65_HS1-834228961_62-HQ-83894_Section_2
Agency: FBI
Page 131
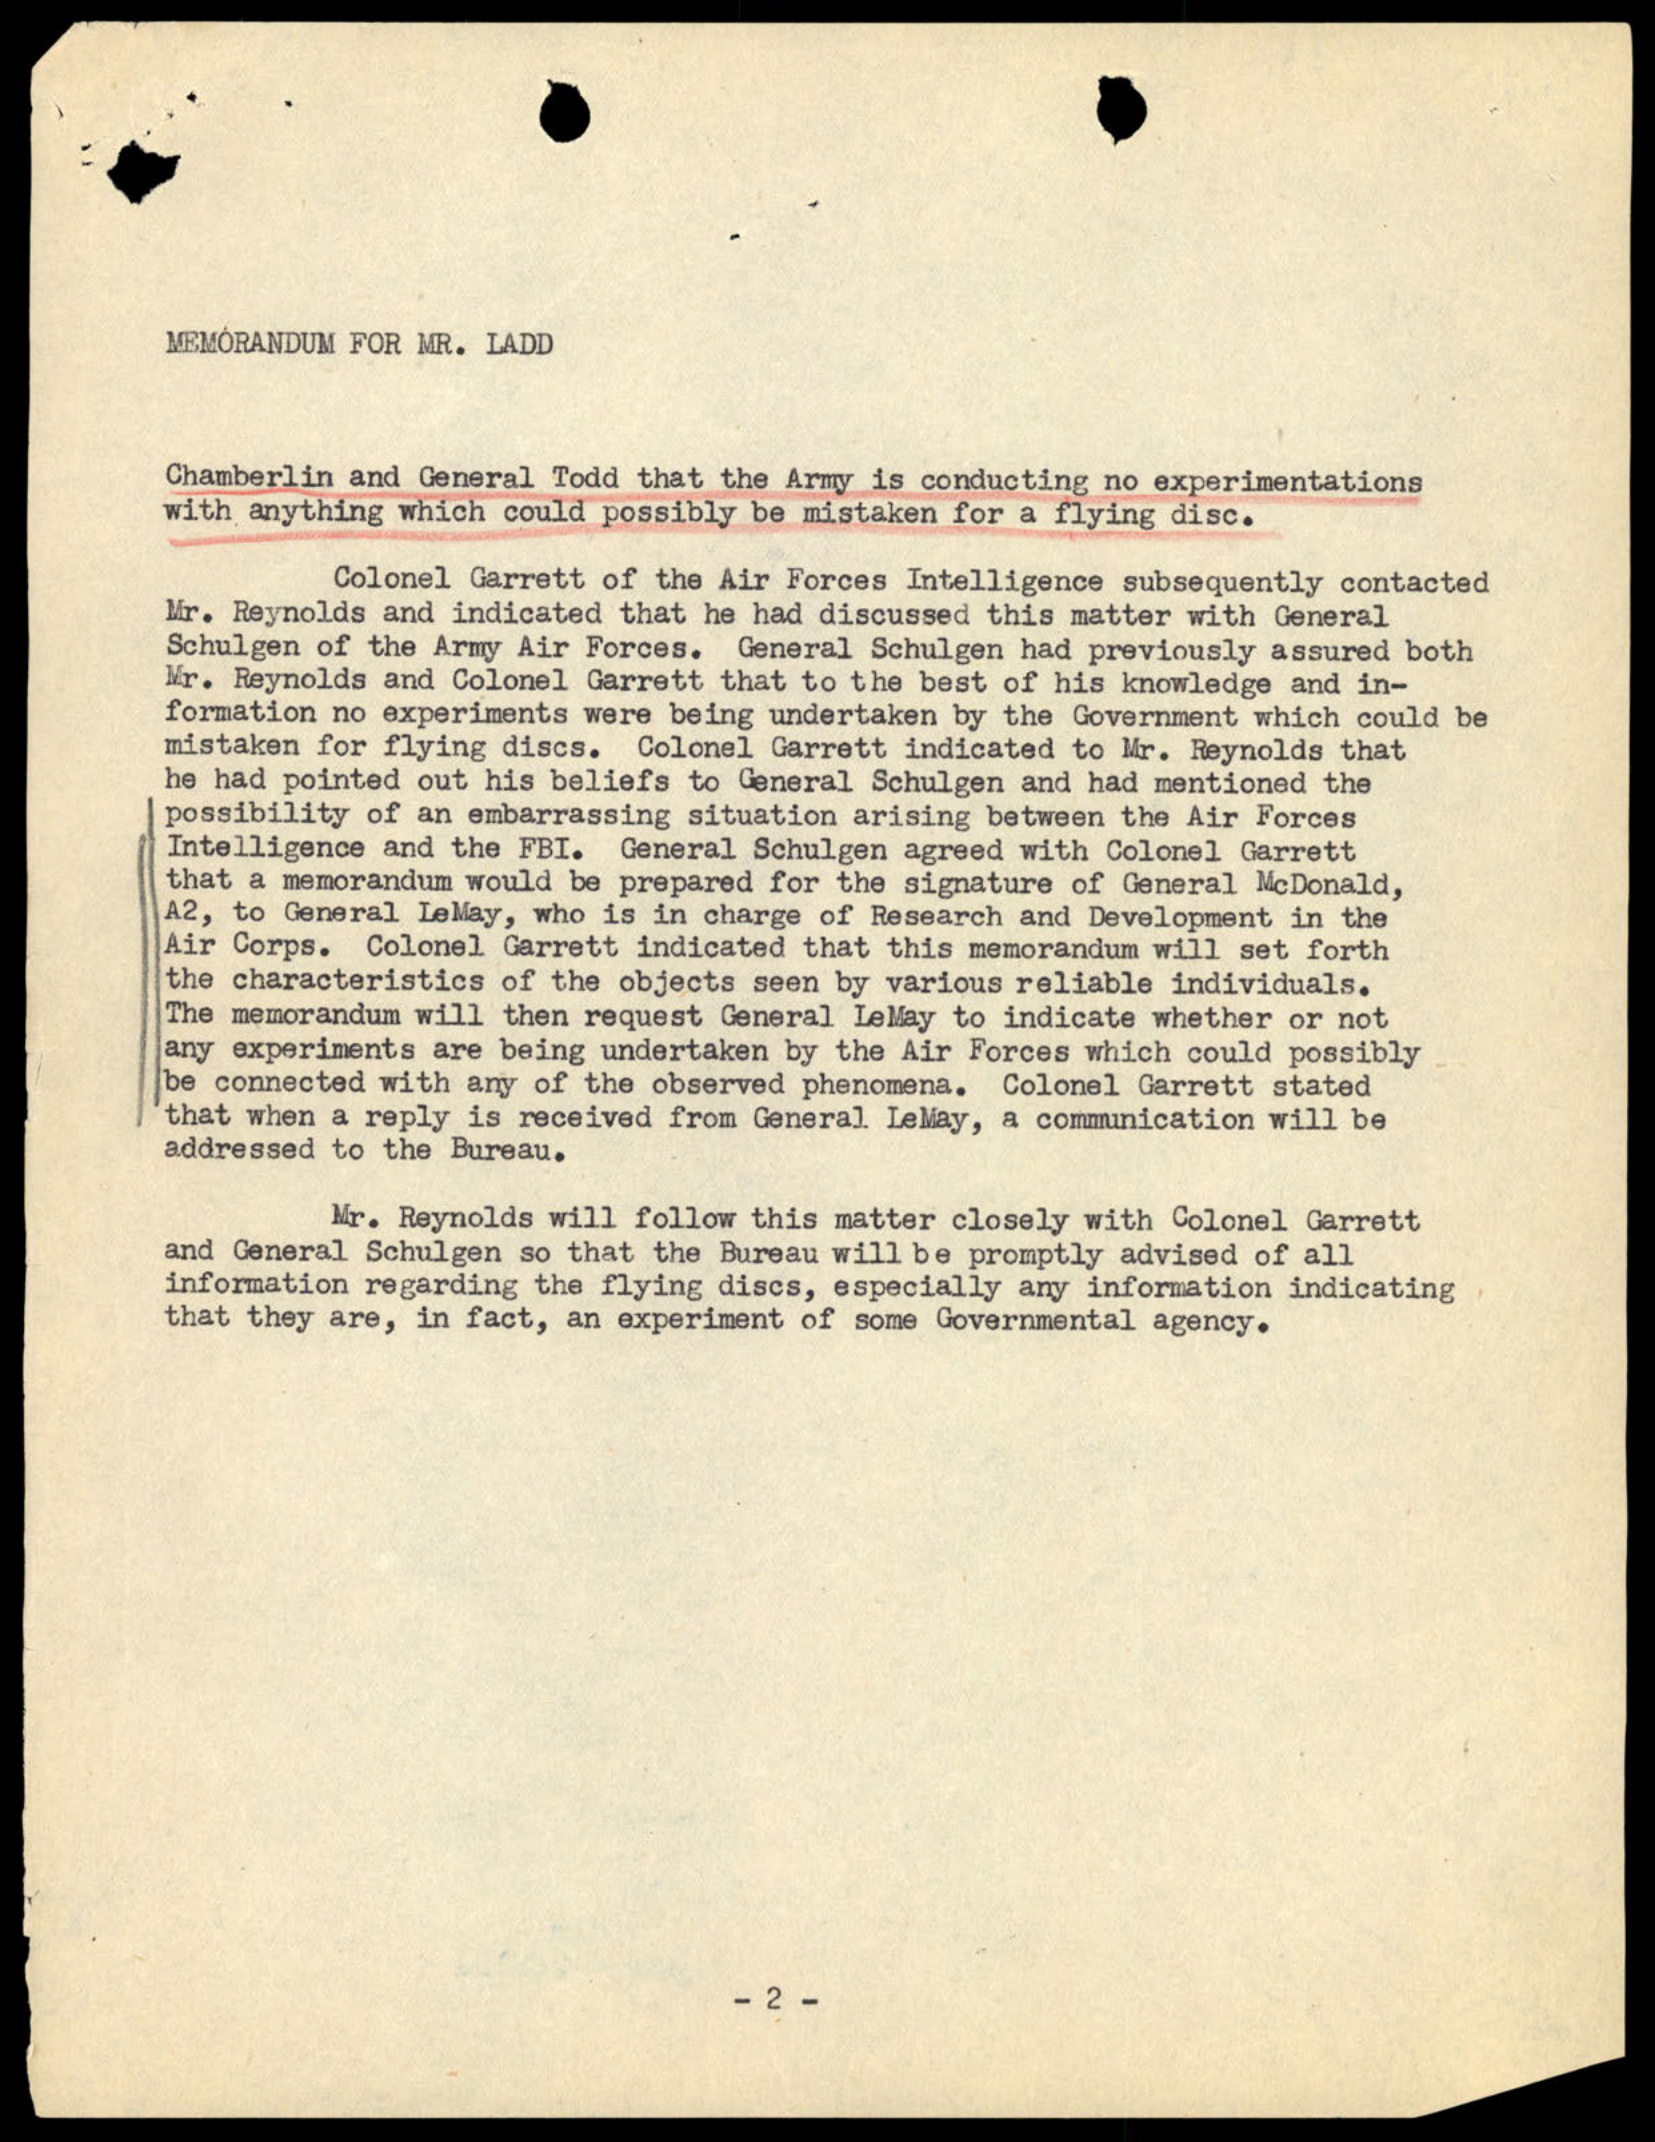